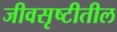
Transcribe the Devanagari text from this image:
जीवसृष्टीतील